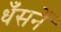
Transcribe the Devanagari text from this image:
धँसनें